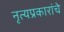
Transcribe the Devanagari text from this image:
नृत्यप्रकारांचे